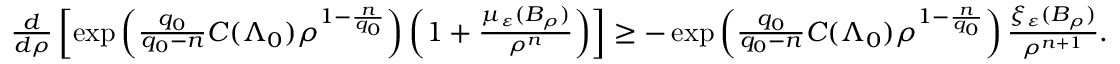
\begin{array} { r } { \frac { d } { d \rho } \left[ \exp \left( \frac { q _ { 0 } } { q _ { 0 } - n } C ( \Lambda _ { 0 } ) \rho ^ { 1 - \frac { n } { q _ { 0 } } } \right) \left( 1 + \frac { \mu _ { \varepsilon } ( B _ { \rho } ) } { \rho ^ { n } } \right) \right] \geq - \exp \left( \frac { q _ { 0 } } { q _ { 0 } - n } C ( \Lambda _ { 0 } ) \rho ^ { 1 - \frac { n } { q _ { 0 } } } \right) \frac { \xi _ { \varepsilon } ( B _ { \rho } ) } { \rho ^ { n + 1 } } . } \end{array}